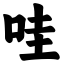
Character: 哇